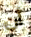
أن